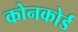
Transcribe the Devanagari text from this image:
कोनकोर्ड